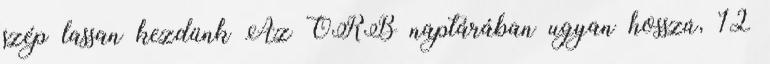
szép lassan kezdünk Az ORB naptárában ugyan hosszú, 12